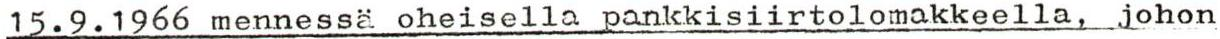
15.9.1966 mennessä oheisella pankkisiirtolomakkeella, johon